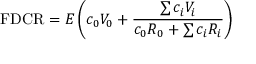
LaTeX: \mathrm { F D C R } = E \left( c _ { 0 } V _ { 0 } + { \frac { \sum c _ { i } V _ { i } } { c _ { 0 } R _ { 0 } + \sum c _ { i } R _ { i } } } \right)